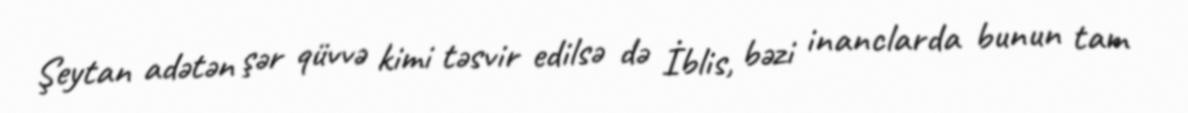
Şeytan adətən şər qüvvə kimi təsvir edilsə də İblis, bəzi inanclarda bunun tam